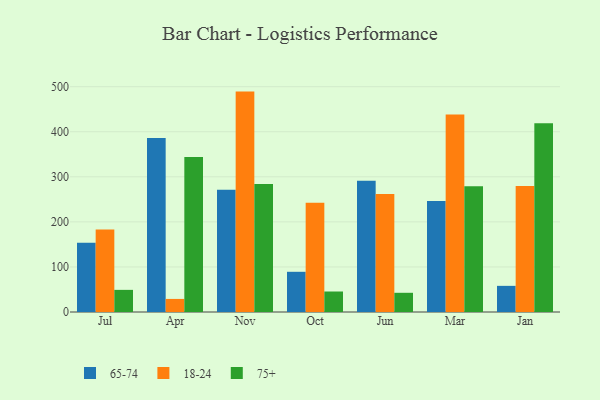
{"axis": {"x": "Month", "y": "Backlog"}, "legend": ["18-24", "65-74", "75+"], "data": [{"x": "Jul", "y": 153.5, "type": "65-74"}, {"x": "Jul", "y": 183.0, "type": "18-24"}, {"x": "Jul", "y": 49.1, "type": "75+"}, {"x": "Apr", "y": 386.0, "type": "65-74"}, {"x": "Apr", "y": 29.0, "type": "18-24"}, {"x": "Apr", "y": 343.7, "type": "75+"}, {"x": "Nov", "y": 271.4, "type": "65-74"}, {"x": "Nov", "y": 489.1, "type": "18-24"}, {"x": "Nov", "y": 284.3, "type": "75+"}, {"x": "Oct", "y": 89.2, "type": "65-74"}, {"x": "Oct", "y": 242.6, "type": "18-24"}, {"x": "Oct", "y": 45.5, "type": "75+"}, {"x": "Jun", "y": 291.1, "type": "65-74"}, {"x": "Jun", "y": 261.7, "type": "18-24"}, {"x": "Jun", "y": 42.6, "type": "75+"}, {"x": "Mar", "y": 246.1, "type": "65-74"}, {"x": "Mar", "y": 438.4, "type": "18-24"}, {"x": "Mar", "y": 279.0, "type": "75+"}, {"x": "Jan", "y": 58.0, "type": "65-74"}, {"x": "Jan", "y": 279.5, "type": "18-24"}, {"x": "Jan", "y": 418.6, "type": "75+"}]}